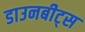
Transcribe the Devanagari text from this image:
डाउनबीट्स